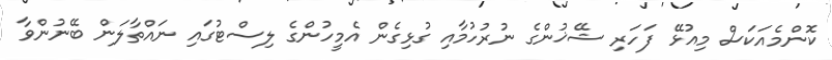
ކޮންމެއަކަސް މިއުޅޭ ފަހަރި ޝޭޚުންގެ ނުރުހުމާއި ގުޅިގެން އެމީހުންގެ ލިސްޓުގައި ނައްތާލަން ބޭނުންވާ